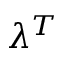
\lambda ^ { T }